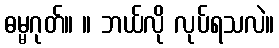
ဓမ္မဂုတ်။ ။ ဘယ်လို လုပ်ရသလဲ။